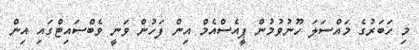
މި ހަބަރުގެ މައްސަލަ ހޫނުވުމުން ޕީއެސްއެމް އިން ފަހުން ވަނީ ވެބްސައިޓްގައި އިން